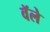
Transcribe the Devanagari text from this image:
वॅले